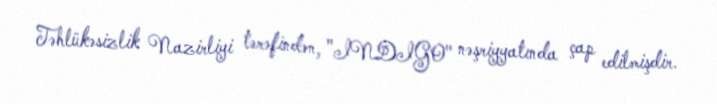
Təhlükəsizlik Nazirliyi tərəfindən, "INDIGO" nəşriyyatında çap edilmişdir.